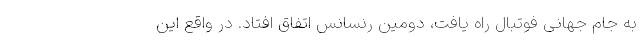
به جام جهانی فوتبال راه یافت، دومین رنسانس اتفاق افتاد. در واقع این